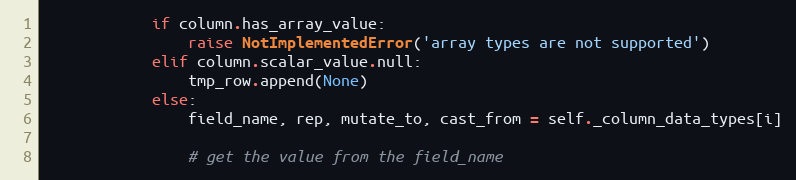
Language: Python
            if column.has_array_value:
                raise NotImplementedError('array types are not supported')
            elif column.scalar_value.null:
                tmp_row.append(None)
            else:
                field_name, rep, mutate_to, cast_from = self._column_data_types[i]

                # get the value from the field_name